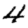
Digit: 4